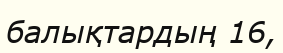
балықтардың 16,